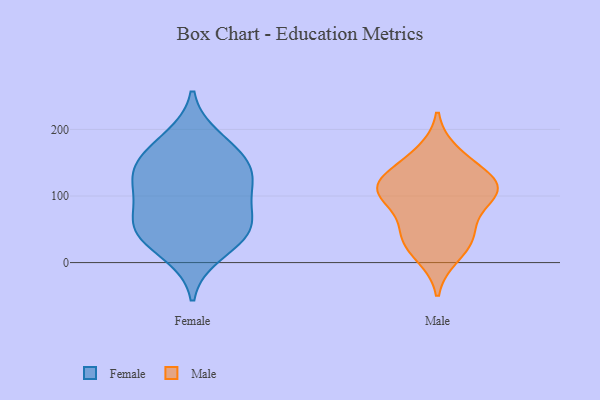
{"axis": {"x": "Backlog", "y": "Value"}, "legend": ["Female", "Male"], "data": [{"x": "", "y": 151, "type": "Female"}, {"x": "", "y": 52, "type": "Female"}, {"x": "", "y": 186, "type": "Female"}, {"x": "", "y": 46, "type": "Female"}, {"x": "", "y": 58, "type": "Female"}, {"x": "", "y": 164, "type": "Female"}, {"x": "", "y": 138, "type": "Female"}, {"x": "", "y": 49, "type": "Female"}, {"x": "", "y": 96, "type": "Female"}, {"x": "", "y": 114, "type": "Female"}, {"x": "", "y": 122, "type": "Female"}, {"x": "", "y": 14, "type": "Female"}, {"x": "", "y": 145, "type": "Male"}, {"x": "", "y": 118, "type": "Male"}, {"x": "", "y": 118, "type": "Male"}, {"x": "", "y": 11, "type": "Male"}, {"x": "", "y": 105, "type": "Male"}, {"x": "", "y": 32, "type": "Male"}, {"x": "", "y": 164, "type": "Male"}, {"x": "", "y": 112, "type": "Male"}, {"x": "", "y": 48, "type": "Male"}, {"x": "", "y": 96, "type": "Male"}, {"x": "", "y": 104, "type": "Male"}, {"x": "", "y": 43, "type": "Male"}]}